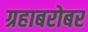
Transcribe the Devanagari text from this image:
ग्रहाबरोबर